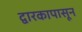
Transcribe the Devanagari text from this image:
द्वारकापासून